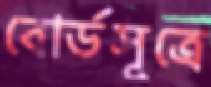
বোর্ডসূত্রে